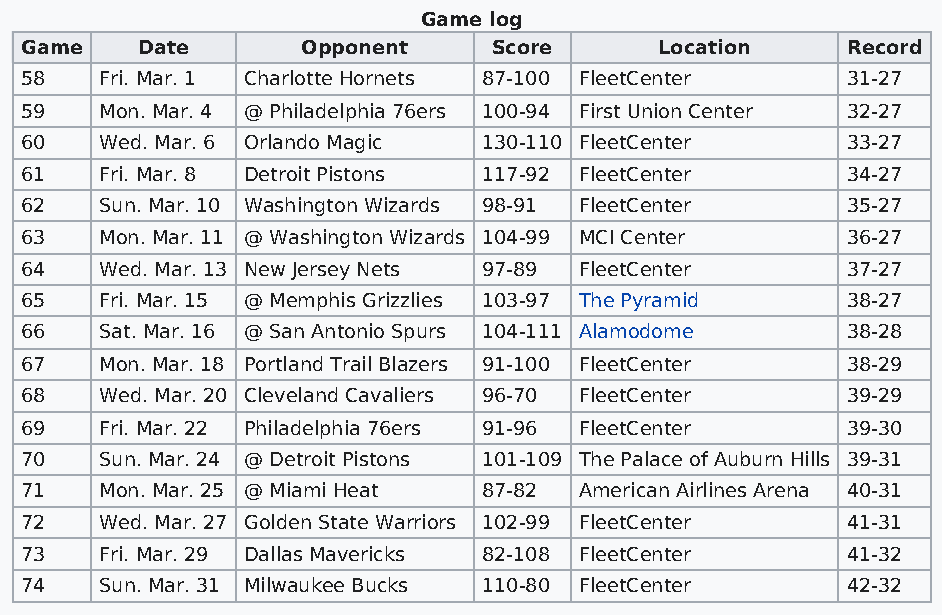
Game log
 Game    Date       Opponent     Score      Location    Record
 58    Fri. Mar. 1 Charlotte Hornets 87-100 FleetCenter 31-27
 59    Mon. Mar. 4 @ Philadelphia 76ers 100-94 First Union Center 32-27
 60    Wed. Mar. 6 Orlando Magic 130-110 FleetCenter    33-27
 61    Fri. Mar. 8 Detroit Pistons 117-92 FleetCenter   34-27
 62    Sun. Mar. 10 Washington Wizards 98-91 FleetCenter 35-27
 63    Mon. Mar. 11 @ Washington Wizards 104-99 MCI Center 36-27
 64    Wed. Mar. 13 New Jersey Nets 97-89 FleetCenter   37-27
 65    Fri. Mar. 15 @ Memphis Grizzlies 103-97 The Pyramid 38-27
 66    Sat. Mar. 16 @ San Antonio Spurs 104-111 Alamodome 38-28
 67    Mon. Mar. 18 Portland Trail Blazers 91-100 FleetCenter 38-29
 68    Wed. Mar. 20 Cleveland Cavaliers 96-70 FleetCenter 39-29
 69    Fri. Mar. 22 Philadelphia 76ers 91-96 FleetCenter 39-30
 70    Sun. Mar. 24 @ Detroit Pistons 101-109 The Palace of Auburn Hills 39-31
 71    Mon. Mar. 25 @ Miami Heat 87-82 American Airlines Arena 40-31
 72    Wed. Mar. 27 Golden State Warriors 102-99 FleetCenter 41-31
 73    Fri. Mar. 29 Dallas Mavericks 82-108 FleetCenter 41-32
 74    Sun. Mar. 31 Milwaukee Bucks 110-80 FleetCenter  42-32